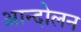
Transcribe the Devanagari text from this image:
अान्दोलन